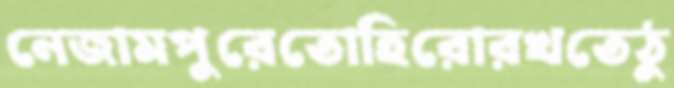
নেজামপুরেতোহিরোরখতেঠু